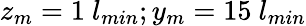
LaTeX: z_{m}=1~l_{min};y_{m}=15~l_{min}